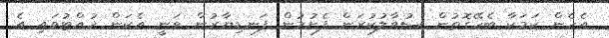
އެހެން ކަމަކާ ބެހޭގޮތުން ސުވާލުކުރަން ފެށުމުން ފަނޑިޔާރުން ވަނީ އެކަން ހުއްޓުވައި އެ